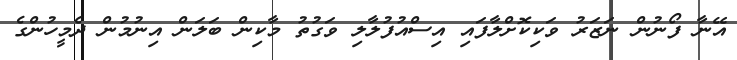
އޭނާ ފޯނުން ނަޒަރު ވަކިކޮށްލާފައި އިސްއުފުލާލި ވަގުތު މާކިން ބަލަން އިނުމުން ދެމީހުންގެ